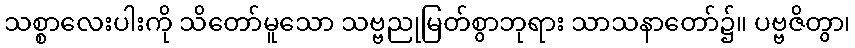
သစ္စာလေးပါးကို သိတော်မူသော သဗ္ဗညုမြတ်စွာဘုရား သာသနာတော်၌။ ပဗ္ဗဇိတွာ၊